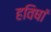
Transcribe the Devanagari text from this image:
हविषां